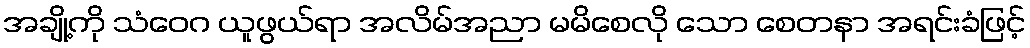
အချို့ကို သံဝေဂ ယူဖွယ်ရာ အလိမ်အညာ မမိစေလို သော စေတနာ အရင်းခံဖြင့်